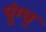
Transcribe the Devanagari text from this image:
पुंग्घ्